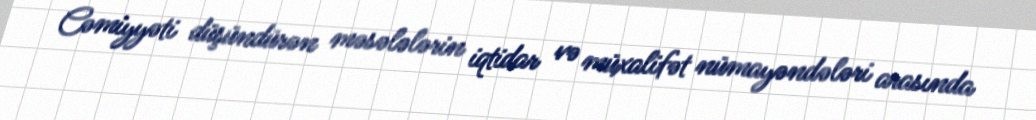
Cəmiyyəti düşündürən məsələlərin iqtidar və müxalifət nümayəndələri arasında